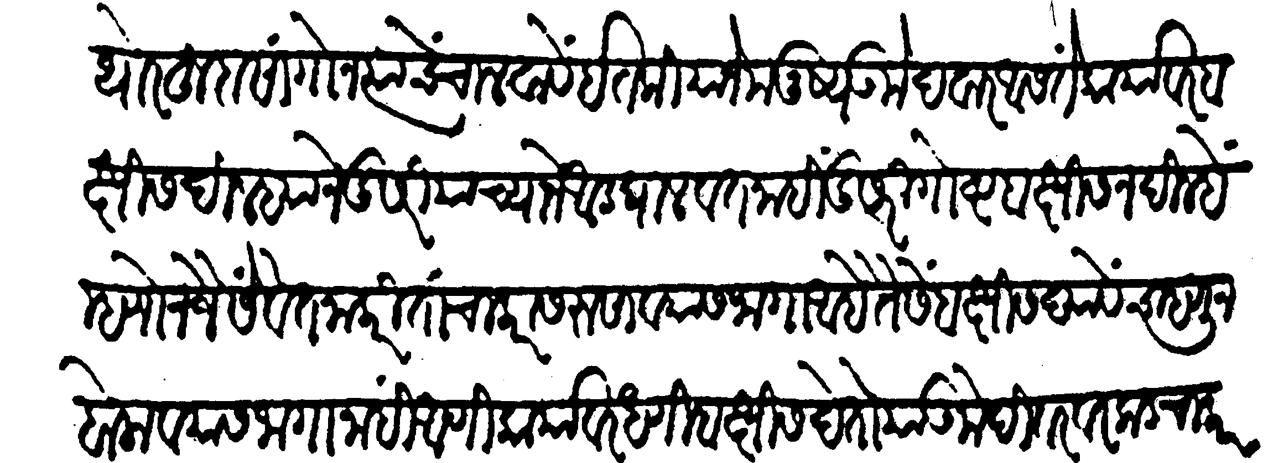
Transliteration (Devanagari): थोर हुद्दा सांगोन त्याचें चालवावे इतकीयाने मनुष्य उमेदवार आसते कार्यावर बक्षीस दिल्याने दुसरीयाच्याने आड घालवत नाही दुसरी गोष्ट बक्षीस न दिल्हे म्हणोन जैसे वेतनाकरितां चाकरांस रुसावयास जागा आहे तैसें बक्षीस द्यावेंच म्हणून बोलावयास जागा नाही आणि कार्यावरी धणी बक्षीस देतो या उमेदीवर वरकड चाकर